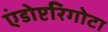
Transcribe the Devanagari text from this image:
एंडोप्टरिगोटा